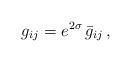
LaTeX: \begin{align*}g_{ij} = e^{2\sigma} \, \bar{g}_{ij} \, ,\end{align*}